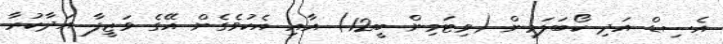
އެސިޑް އަދި ކޯބަލަމިން (ވިޓަމިން ބީ12) އާއި އެކުވެގެން އޭގެ ވަޒީފާ އަދާކުރާ